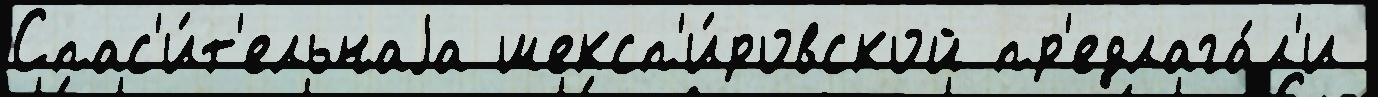
Спас'и́т'ельнаjа шексп'и́ровской пр'едлага́л'и